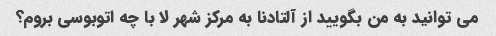
می توانید به من بگویید از آلتادنا به مرکز شهر لا با چه اتوبوسی بروم؟